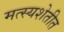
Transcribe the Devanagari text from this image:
मत्स्यशेतीत